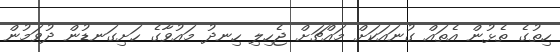
ހިތުގެ ތެޅުން އެތައް ގުނައަކަށް މައްޗަށް ޖެހިލި ހިނދު މައުވާގެ ހަށިގަނޑުން ދުވަމުން